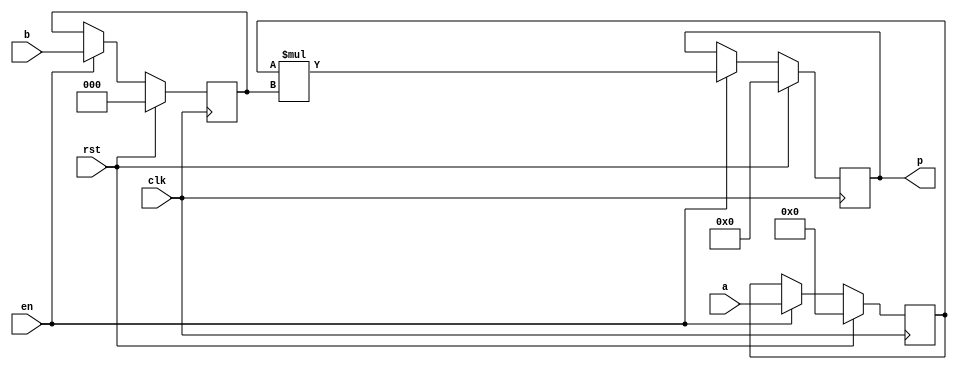
module mul_unsigned_sync (clk, rst, en, a, b, p);
    parameter M = 6;
    parameter N = 3;
    input wire clk, rst, en;
    input wire [M-1:0] a;
    input wire [N-1:0] b;
    output reg [M+N-1:0] p;
    reg [M-1:0] a_reg;
    reg [N-1:0] b_reg;
    always @(posedge clk)
    begin
        if (rst) begin
            a_reg <= 0;
            b_reg <= 0;
            p <= 0;
        end
        else if (en) begin
            a_reg <= a;
            b_reg <= b;
            p <= a_reg * b_reg;
        end
    end
endmodule